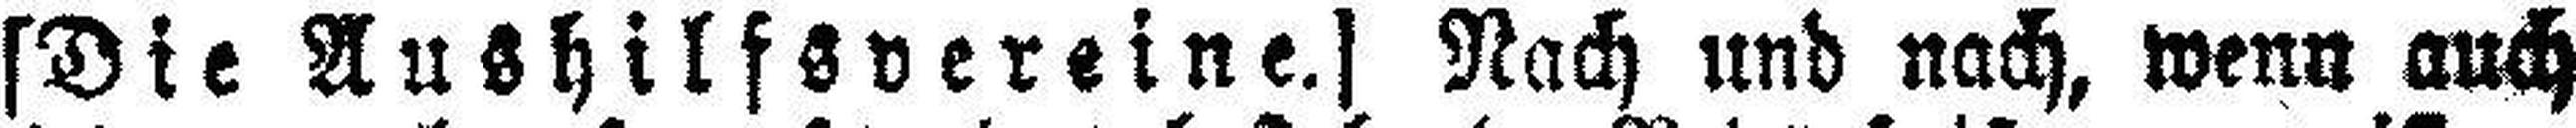
[Die Aushilfsvereine.] Nach und nach, wenn auch